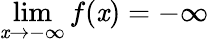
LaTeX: \lim\limits_{\mathit{x}\rightarrow-\infty}f(\mathit{x})=-\infty